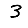
Digit: 3